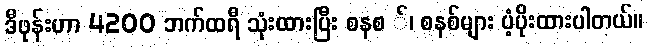
ဒီဖုန်းဟာ 4200 ဘက်ထရီ သုံးထားပြီး စနစ ်၊ စနစ်များ ပံ့ပိုးထားပါတယ်။